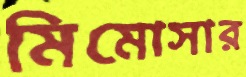
মিমোসার